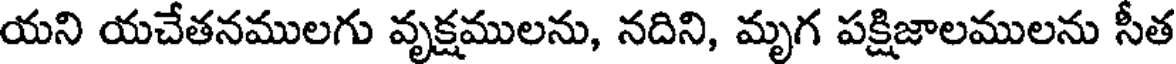
యని యచేతనములగు వృక్షములను, నదిని, మృగ పక్షిజాలములను సీత